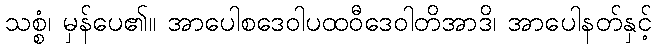
သစ္စံ၊ မှန်ပေ၏။ အာပေါစဒေဝါပထဝီဒေဝါတိအာဒိ၊ အာပေါနတ်နှင့်